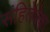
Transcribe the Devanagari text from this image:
संहितेपेक्षा